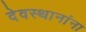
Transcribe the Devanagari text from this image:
देवस्थानांना